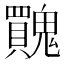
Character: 𩴬